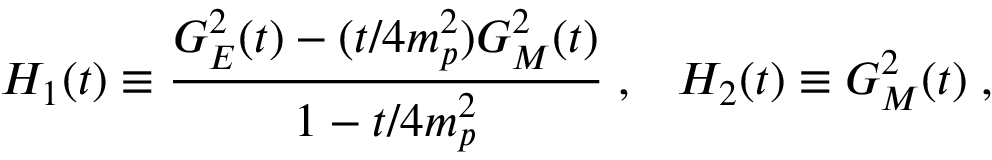
H _ { 1 } ( t ) \equiv \frac { G _ { E } ^ { 2 } ( t ) - ( t / 4 m _ { p } ^ { 2 } ) G _ { M } ^ { 2 } ( t ) } { 1 - t / 4 m _ { p } ^ { 2 } } \; , \; \; \; H _ { 2 } ( t ) \equiv G _ { M } ^ { 2 } ( t ) \; ,